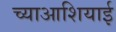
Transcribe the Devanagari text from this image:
च्याआशियाई